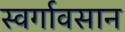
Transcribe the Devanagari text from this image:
स्वर्गावसान